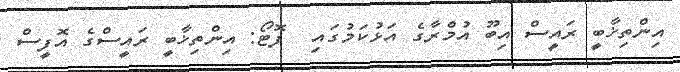
އިންތިޚާބީ ރައީސް އިބޫ އުމްރާގެ އަޅުކަމުގައި  ފޮޓޯ: އިންތިޚާބީ ރައީސްގެ އޮފީސް